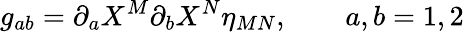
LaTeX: g_{ab}=\partial_{a}X^{M}\partial_{b}X^{N}\eta_{MN},\qquad a,b=1,2